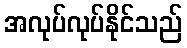
အလုပ်လုပ်နိုင်သည်